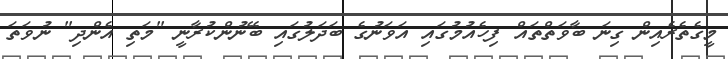
މީގެތެރެއިން ގިނަ ބާވަތްތައް ފިހެއުމުގައި އަވަނުގެ ބަދަލުގައި ބޭނުންކުރާނީ "މަތި އެންދި" ނުވަތަ